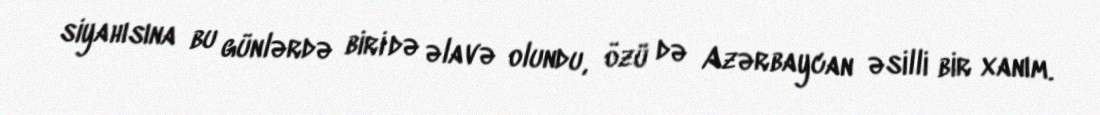
siyahısına bu günlərdə biri də əlavə olundu, özü də Azərbaycan əsilli bir xanım.